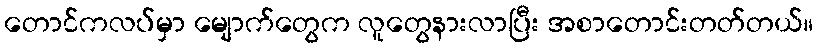
တောင်ကလပ်မှာ မျောက်တွေက လူတွေနားလာပြီး အစာတောင်းတတ်တယ်။